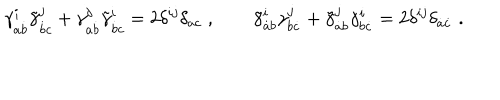
\gamma _ { a \dot { b } } ^ { i } \tilde { \gamma } _ { \dot { b } c } ^ { j } + \gamma _ { a \dot { b } } ^ { j } \tilde { \gamma } _ { \dot { b } c } ^ { i } = 2 \delta ^ { i j } \delta _ { a c } \; , \qquad \tilde { \gamma } _ { \dot { a } b } ^ { i } \gamma _ { b \dot { c } } ^ { j } + \tilde { \gamma } _ { \dot { a } b } ^ { j } \gamma _ { b \dot { c } } ^ { i } = 2 \delta ^ { i j } \delta _ { \dot { a } \dot { c } } \; .